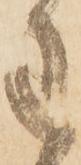
わ